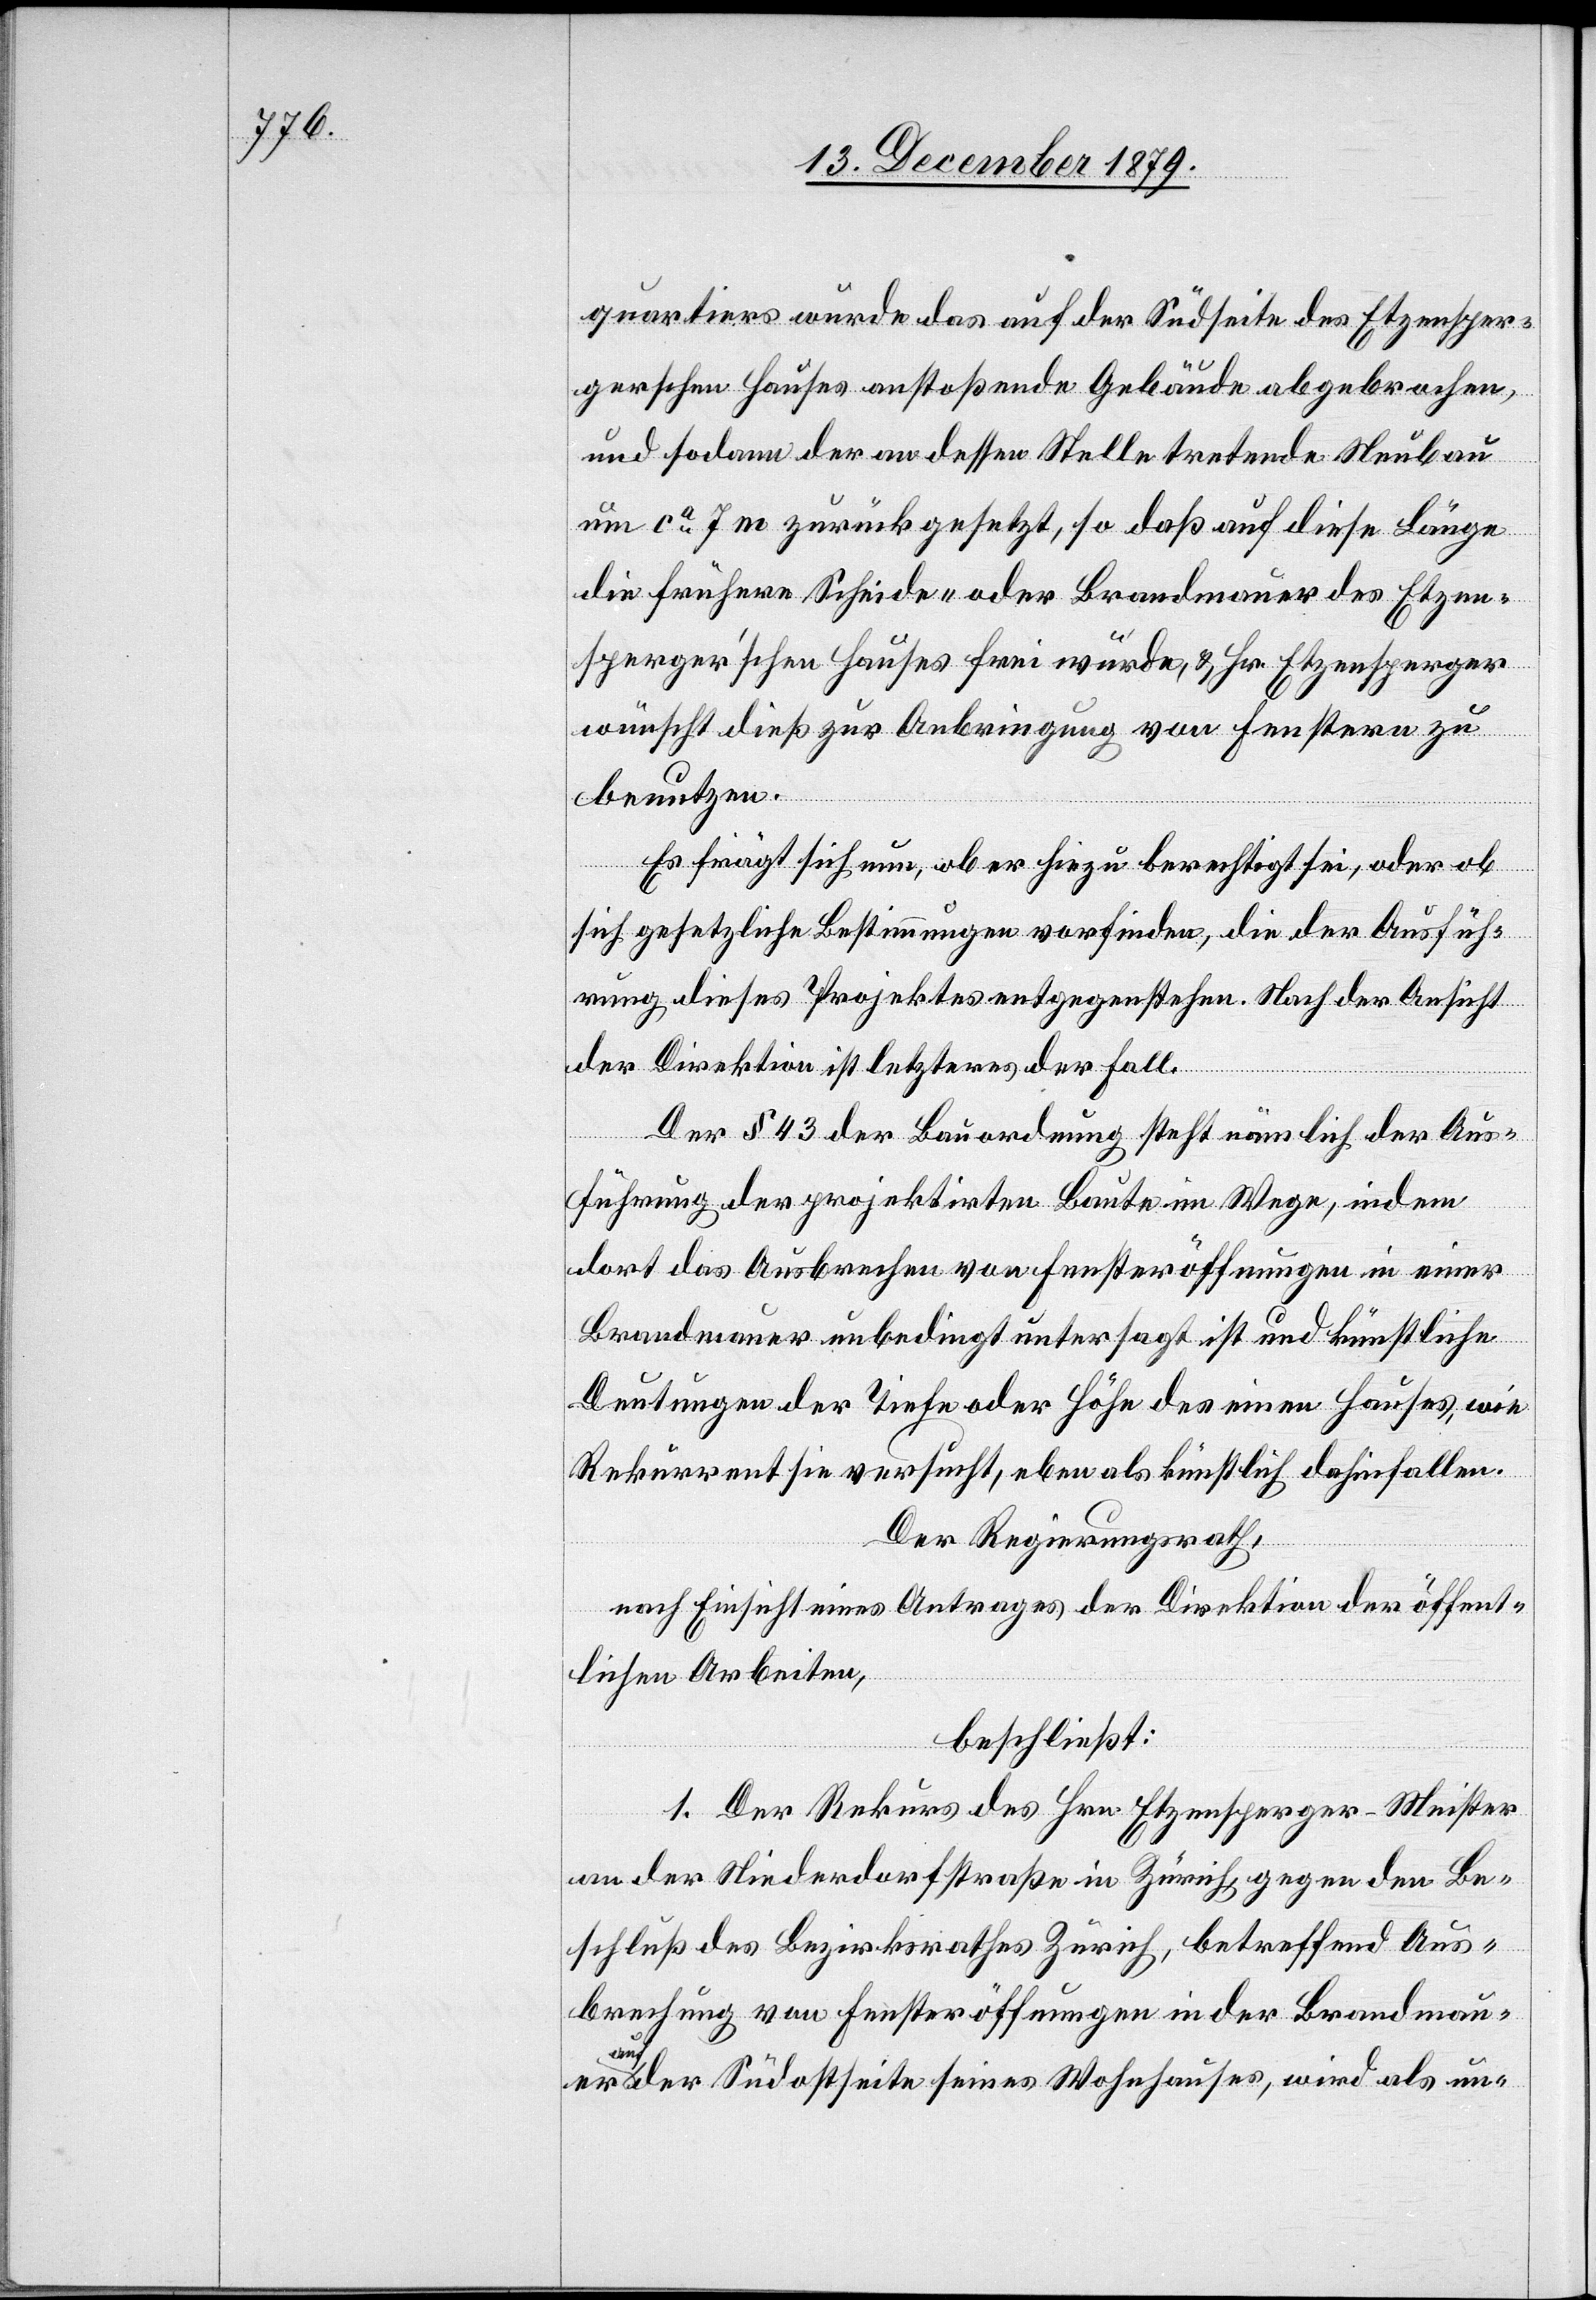
quartiers wurde das auf der Südseite des Etzensper¬
ger’schen Hauses anstoßende Gebäude abgebrochen,
und sodannn der an dessen Stelle tretende Neubau
um ca 7 m zurückgesetzt, so daß auf diese Länge
die frühere Scheide- oder Brandmauer des Etzen¬
sperger’schen Hauses frei wurde, & Hr. Etzensperger
wünscht dieß zur Anbringung von Fenstern zu
benutzen.
Es frägt sich nun, ob er hiezu berechtigt sei, oder ob
sich gesetzliche Bestimmungen vorfinden, die der Ausfüh¬
rung dieses Projektes entgegenstehen. Nach der Ansicht
der Direktion ist letzteres der Fall.
Der § 43 der Bauordnung steht nämlich der Aus¬
führung der projektirten Baute im Wege, indem
dort das Ausbrechen von Fensteröffnungen in einer
Brandmauer unbedingt untersagt ist und künstliche
Deutungen der Tiefe oder Höhe des einen Hauses, wie
Rekurrent sie versucht, eben als künstlich dahinfallen.
Der Regierungsrath,
nach Einsicht eines Antrages der Direktion der öffent¬
lichen Arbeiten,
beschließt:
1. Der Rekurs des Hrn. Etzensperger-Meister
an der Niederdorfstraße in Zürich, gegen den Be¬
schluß des Bezirksrathes Zürich, betreffend Aus¬
brechung von Fensteröffnungen in der Brandmauer
auf
der Südostseite seines Wohnhauses, wird als un-